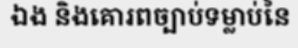
ឯង និងគោរពច្បាប់ទម្លាប់នៃ